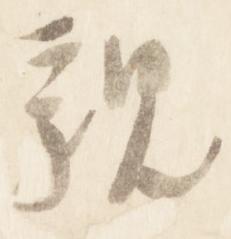
親